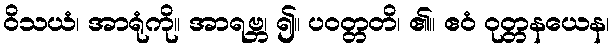
ဝိသယံ၊ အာရုံကို။ အာရဗ္ဘ၊ ၍။ ပဝတ္တတိ၊ ၏။ ဧဝံ ဝုတ္တနယေန၊